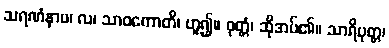
သရဏံနာမ၊ လ၊ သာဝကောတိ၊ ဟူ၍။ ဝုတ္တံ၊ ဆိုအပ်၏။ သာရိပုတ္တ၊